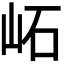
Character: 𡶌